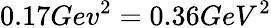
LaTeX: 0.17Gev^{2}=0.36GeV^{2}